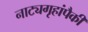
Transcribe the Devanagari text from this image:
नाट्यगृहांपैकी